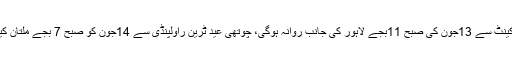
تیسری عید ٹرین کراچی کینٹ سے 13جون کی صبح 11بجے لاہور کی جانب روانہ ہوگی، چوتھی عید ٹرین راولپنڈی سے 14جون کو صبح 7 بجے ملتان کینٹ کے لیے روانہ ہوگی۔